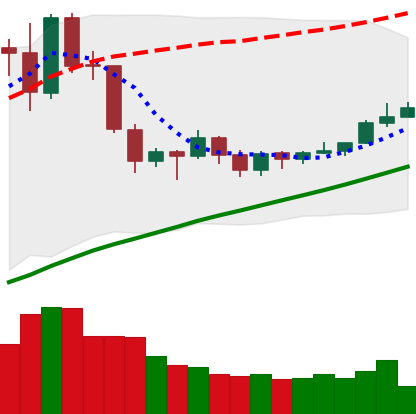
Ticker: EOS-USD
Chart end date: 2019-06-17
Forward return: 4.738%
Label: up_3_5